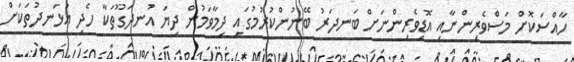
ހާއްސަކޮށް މަސްވެރިންނާއި އޮޑިވެރިންނަށް ބަނދަރު ބޭނުންކުރުމުގައި ދިމާވަމުން ދިޔަ އުނދަގޫތަކާ ހެދި އުޅަނދުތަކަށް